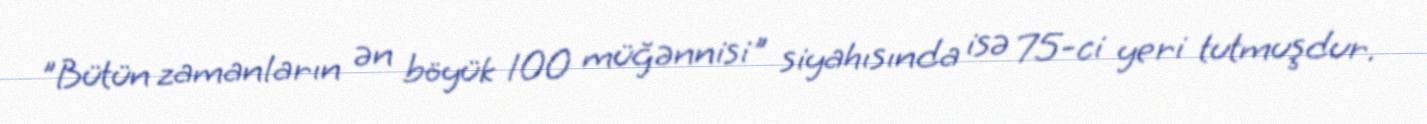
"Bütün zamanların ən böyük 100 müğənnisi" siyahısında isə 75-ci yeri tutmuşdur.